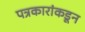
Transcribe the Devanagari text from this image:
पत्रकारांकडून